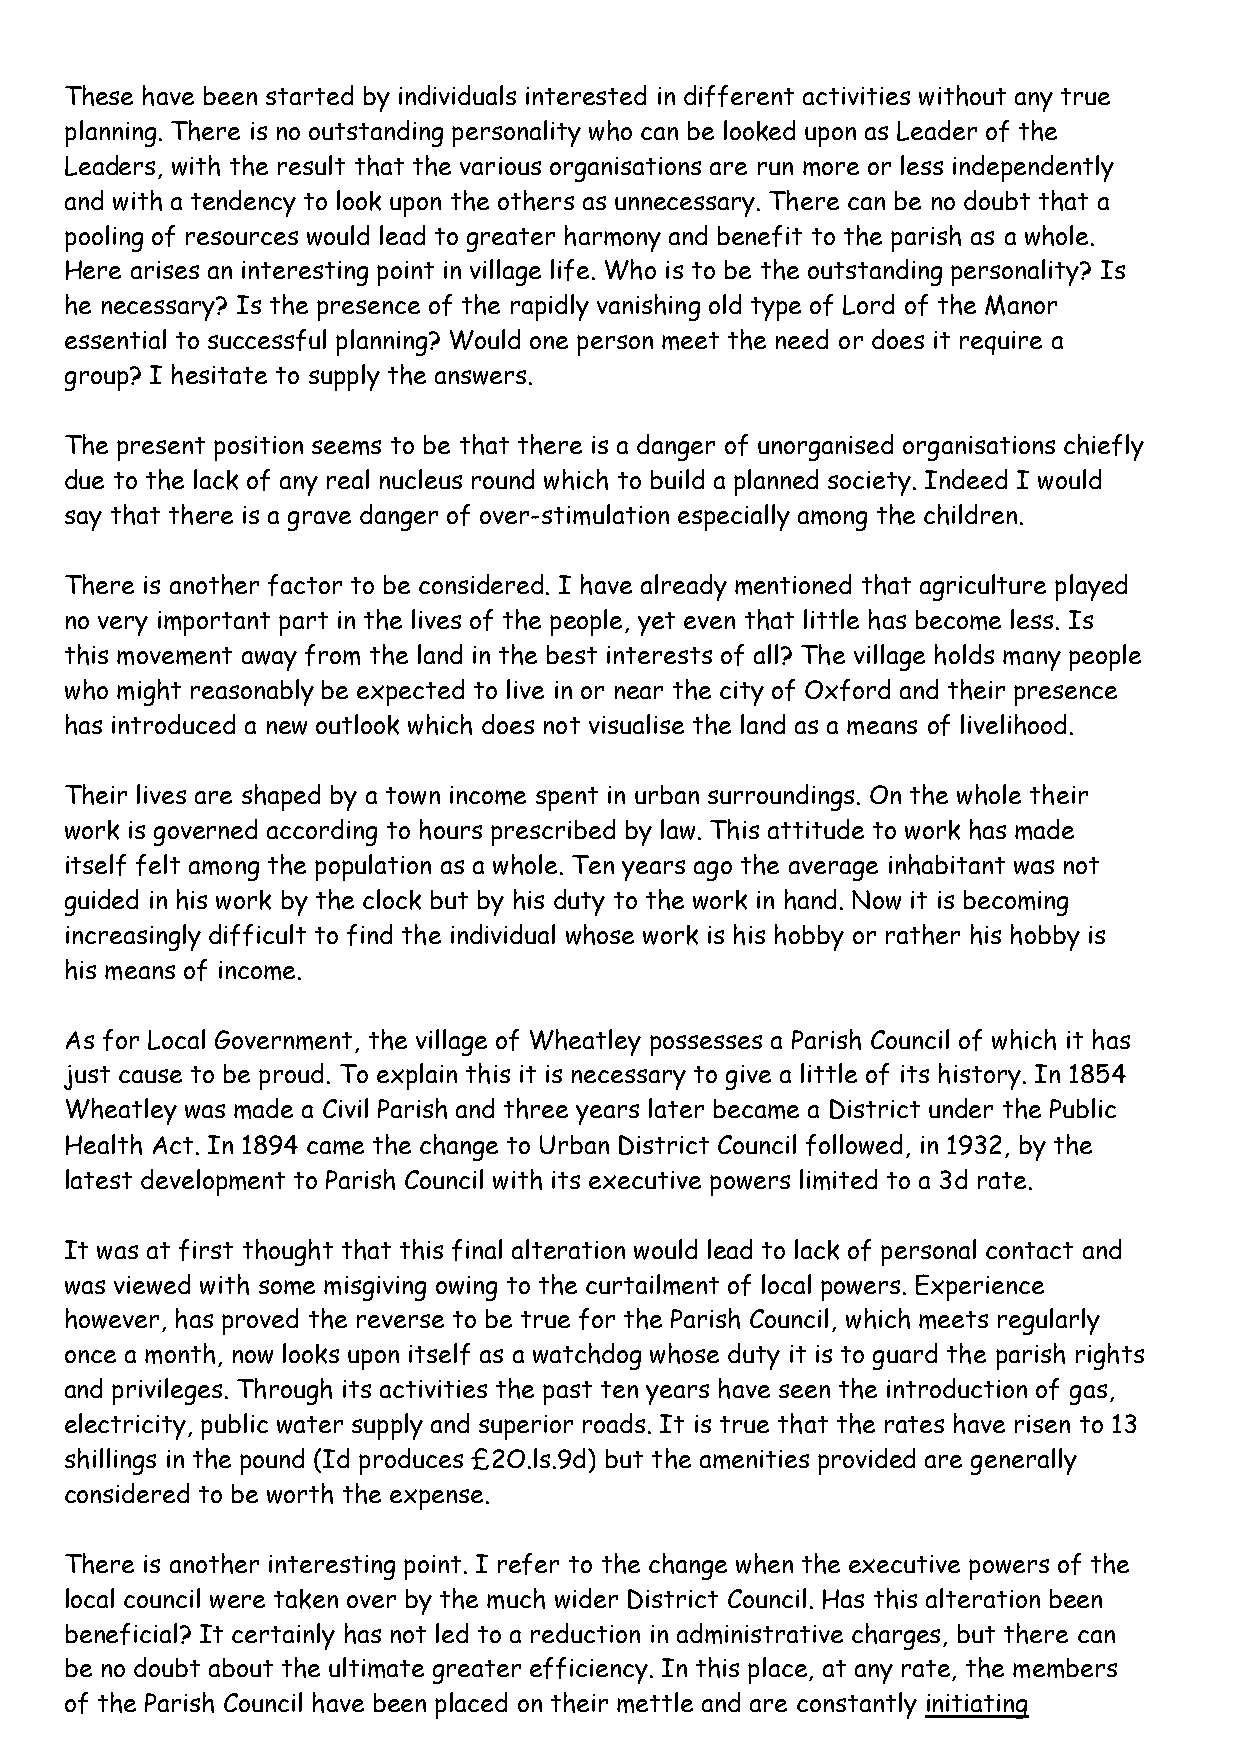
These have been started by individuals interested in different activities without any true
 planning. There is no outstanding personality who can be looked upon as Leader of the
 Leaders, with the result that the various organisations are run more or less independently
 and with a tendency to look upon the others as unnecessary. There can be no doubt that a
 pooling of resources would lead to greater harmony and benefit to the parish as a whole.
 Here arises an interesting point in village life. Who is to be the outstanding personality? Is
 he necessary? Is the presence of the rapidly vanishing old type of Lord of the Manor
 essential to successful planning? Would one person meet the need or does it require a
 group? I hesitate to supply the answers.
 The present position seems to be that there is a danger of unorganised organisations chiefly
 due to the lack of any real nucleus round which to build a planned society. Indeed I would
 say that there is a grave danger of over-stimulation especially among the children.
 There is another factor to be considered. I have already mentioned that agriculture played
 no very important part in the lives of the people, yet even that little has become less. Is
 this movement away from the land in the best interests of all? The village holds many people
 who might reasonably be expected to live in or near the city of Oxford and their presence
 has introduced a new outlook which does not visualise the land as a means of livelihood.
 Their lives are shaped by a town income spent in urban surroundings. On the whole their
 work is governed according to hours prescribed by law. This attitude to work has made
 itself felt among the population as a whole. Ten years ago the average inhabitant was not
 guided in his work by the clock but by his duty to the work in hand. Now it is becoming
 increasingly difficult to find the individual whose work is his hobby or rather his hobby is
 his means of income.
 As for Local Government, the village of Wheatley possesses a Parish Council of which it has
 just cause to be proud. To explain this it is necessary to give a little of its history. In 1854
 Wheatley was made a Civil Parish and three years later became a District under the Public
 Health Act. In 1894 came the change to Urban District Council followed, in 1932, by the
 latest development to Parish Council with its executive powers limited to a 3d rate.
 It was at first thought that this final alteration would lead to lack of personal contact and
 was viewed with some misgiving owing to the curtailment of local powers. Experience
 however, has proved the reverse to be true for the Parish Council, which meets regularly
 once a month, now looks upon itself as a watchdog whose duty it is to guard the parish rights
 and privileges. Through its activities the past ten years have seen the introduction of gas,
 electricity, public water supply and superior roads. It is true that the rates have risen to 13
 shillings in the pound (Id produces £2O.ls.9d) but the amenities provided are generally
 considered to be worth the expense.
 There is another interesting point. I refer to the change when the executive powers of the
 local council were taken over by the much wider District Council. Has this alteration been
 beneficial? It certainly has not led to a reduction in administrative charges, but there can
 be no doubt about the ultimate greater efficiency. In this place, at any rate, the members
 of the Parish Council have been placed on their mettle and are constantly initiating